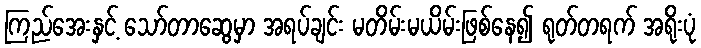
ကြည်အေးနှင့် သော်တာဆွေမှာ အရပ်ချင်း မတိမ်းမယိမ်းဖြစ်နေ၍ ရုတ်တရက် အရိုးပုံ